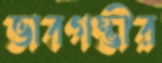
ভাবগম্ভীর